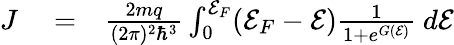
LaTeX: \begin{array}{rlr}{J}&{{}=}&{\frac{2mq}{(2\pi)^{2}\hbar^{3}}\int_{0}^{{\cal E}_{F}}({\cal E}_{F}-{\cal E})\frac{1}{1+e^{G({\cal E})}}~d{{\cal E}}}\end{array}